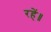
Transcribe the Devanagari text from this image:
रहें॥